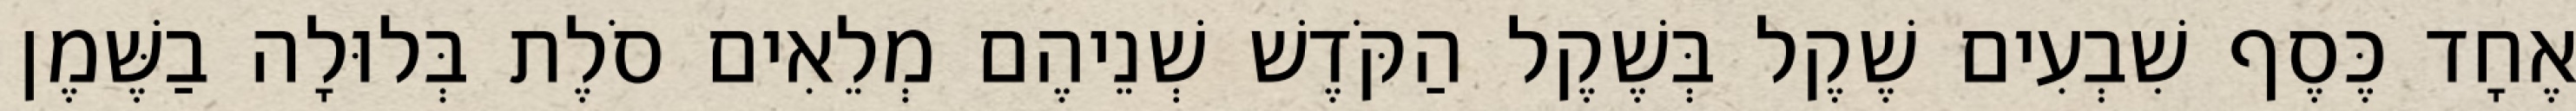
אֶחָד כֶּסֶף שִׁבְעִים שֶׁקֶל בְּשֶׁקֶל הַקֹּדֶשׁ שְׁנֵיהֶם מְלֵאִים סֹלֶת בְּלוּלָה בַשֶּׁמֶן